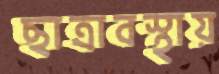
ছাত্রাবস্থায়